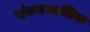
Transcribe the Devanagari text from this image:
संकटकालिक